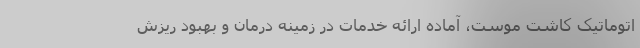
اتوماتیک کاشت موست، آماده ارائه خدمات در زمینه درمان و بهبود ریزش